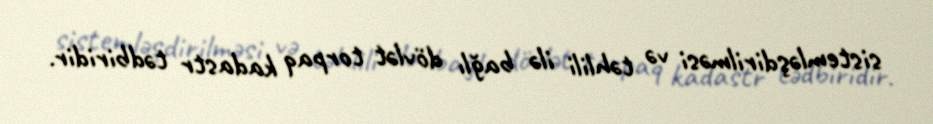
sistemləşdirilməsi və təhlili ilə bağlı dövlət torpaq kadastr tədbiridir.